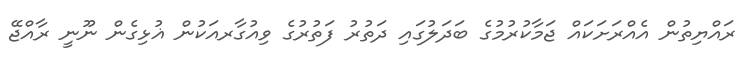
ރައްޔިތުން އެއްރަށަކައް ޖަމާކުރުމުގެ ބަދަލުގައި ދަތުރު ފަތުރުގެ ވިއުގާރއަކުން ޣުޅިގެން ނޫނީ ރާއްޖޭ